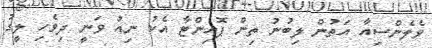
ވެލެންސިއާ އަތުން ލިބުނު ތިން ޕޮއިންޓާ އެކު ނިއު ވަނީ ދިވެހި ލީގު